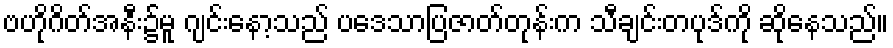
ဗဟိုဂိတ်အနီး၌မူ ဂျင်းနော့သည် ပဒေသာပြဇာတ်တုန်းက သီချင်းတပုဒ်ကို ဆိုနေသည်။